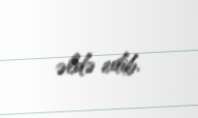
əldə edib.